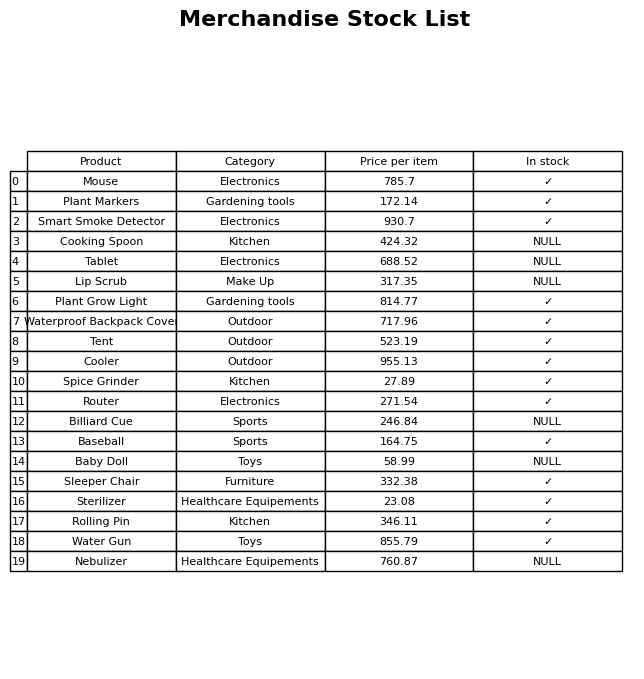
question: What is the price of the Nebulizer?
answer: The price of Nebulizer is 760.87.